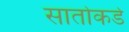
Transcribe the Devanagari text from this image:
सातोकडे